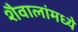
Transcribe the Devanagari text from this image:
शैवालांमध्ये